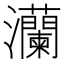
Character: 灡